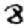
Digit: 8